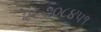
૨૯૭૦૮૪૫૧